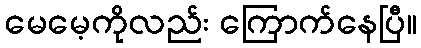
မေမေ့ကိုလည်း ကြောက်နေပြီ။